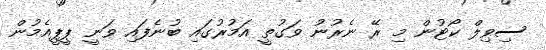
ސިވިލް ކޯޓުން މި ރޭ ނެރުނު ވަގުތީ އަމުރުގައި ބުނެފައި ވަނީ ޕީޕީއެމުން